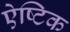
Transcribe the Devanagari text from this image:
ऐष्टिक